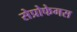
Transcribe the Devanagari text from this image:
सेप्रोफेगस